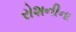
રોશનીના